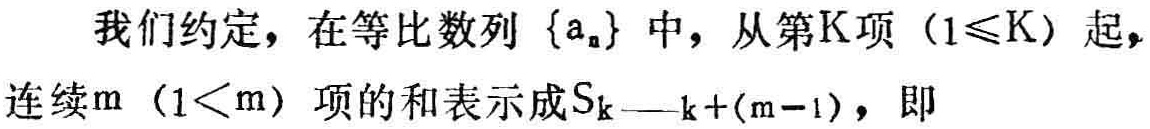
我们约定，在等比数列\(\{a_{n}\}\)中，从第\(K\)项\((1\leqslant K)\)起，连续\(m\) \((1<m)\)项的和表示成\(S_{k — k+(m - 1)}\)，即